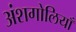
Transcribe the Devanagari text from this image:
अंशगोलियाँ